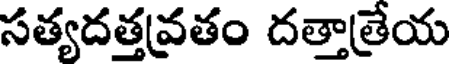
సత్యదత్తవ్రతం దత్తాత్రేయ